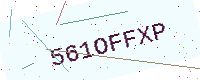
Text: 561OFFXP